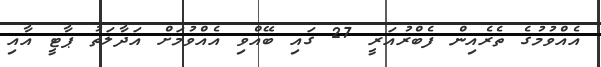
އެއްވުމުގެ ތެރެއިން ފެބްރުއަރީ 27 ގައި ބޭއްވި އެއްވުމަށް އަދާލަތު ޕާޓީ އާއި